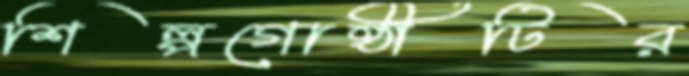
শিল্পগোষ্ঠীটির